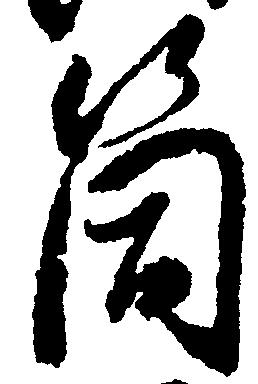
箇